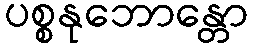
ပစ္စနုဘောန္တော